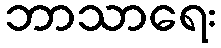
ဘာသာရေး